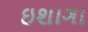
ઇશાગા